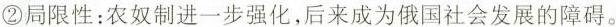
②局限性：农奴制进一步强化，后来成为俄国社会发展的障碍。